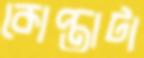
কোপ্তাটা